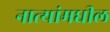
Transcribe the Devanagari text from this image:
नात्यांमधील